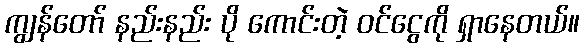
ကျွန်တော် နည်းနည်း ပို ကောင်းတဲ့ ဝင်ငွေကို ရှာနေတယ်။